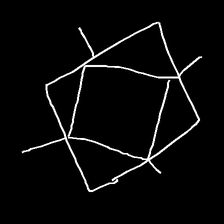
Glyph: light